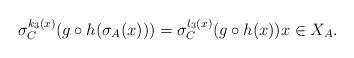
LaTeX: \begin{align*}\sigma_C^{k_{3}(x)} (g\circ h(\sigma_A(x))) = \sigma_C^{l_{3}(x)}(g\circ h(x))x \in X_A.\end{align*}